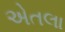
એતલા